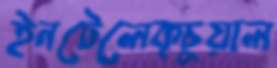
ইনটেলেক্চুয়াল